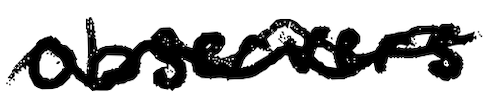
Text: observers
Cross-out: mix
Writing tool: digital_black